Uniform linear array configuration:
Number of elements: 8
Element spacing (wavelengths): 0.25
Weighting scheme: kaiser
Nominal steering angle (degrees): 15
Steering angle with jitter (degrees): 13.395
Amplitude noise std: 0.05
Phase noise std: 0.05

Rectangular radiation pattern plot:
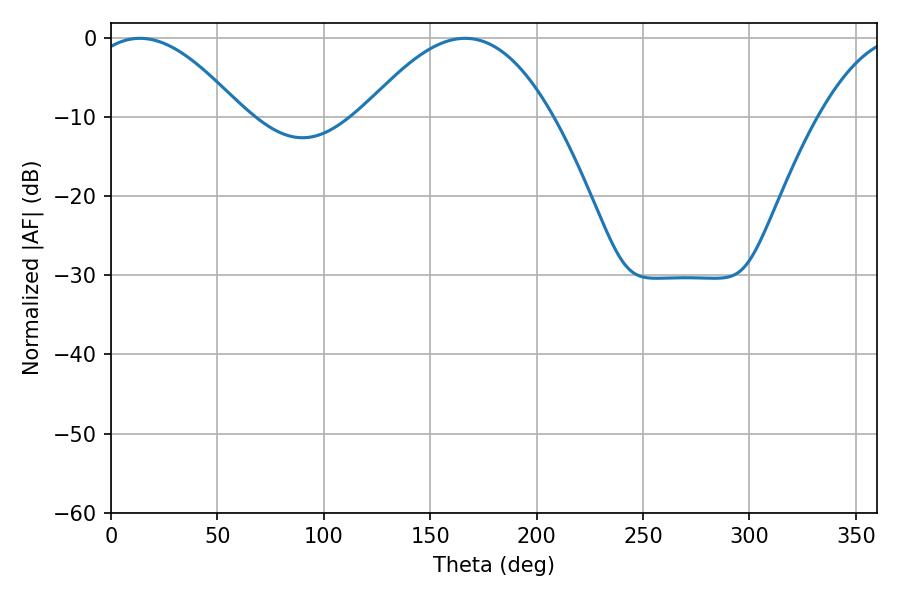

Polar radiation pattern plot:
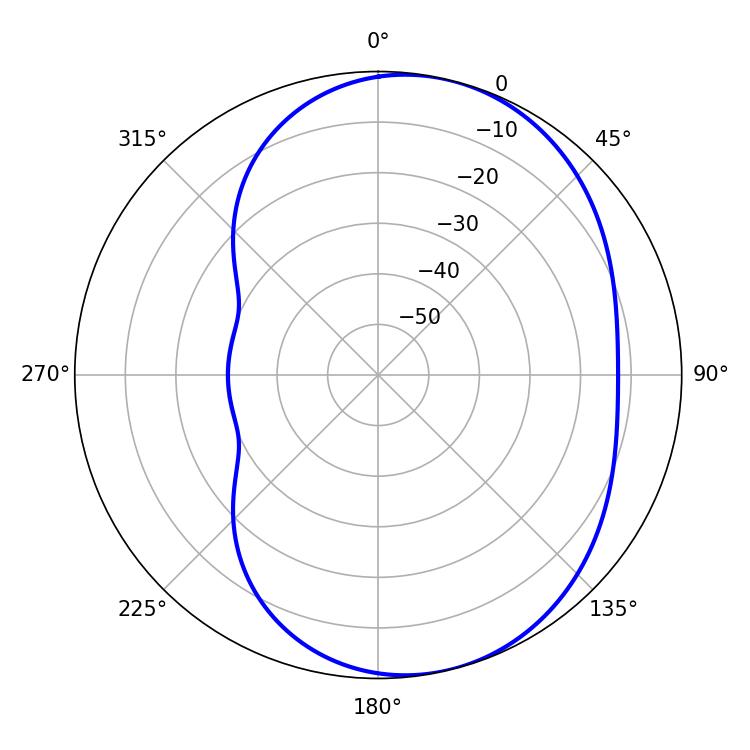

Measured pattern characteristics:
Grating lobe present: FALSE
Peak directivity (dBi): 5.896
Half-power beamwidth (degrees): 39.06
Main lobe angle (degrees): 13.68